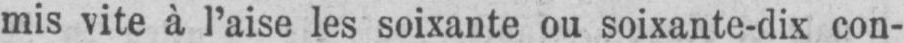
mis vite à l’aise les soixante ou soixante-dix con-